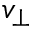
v _ { \bot }